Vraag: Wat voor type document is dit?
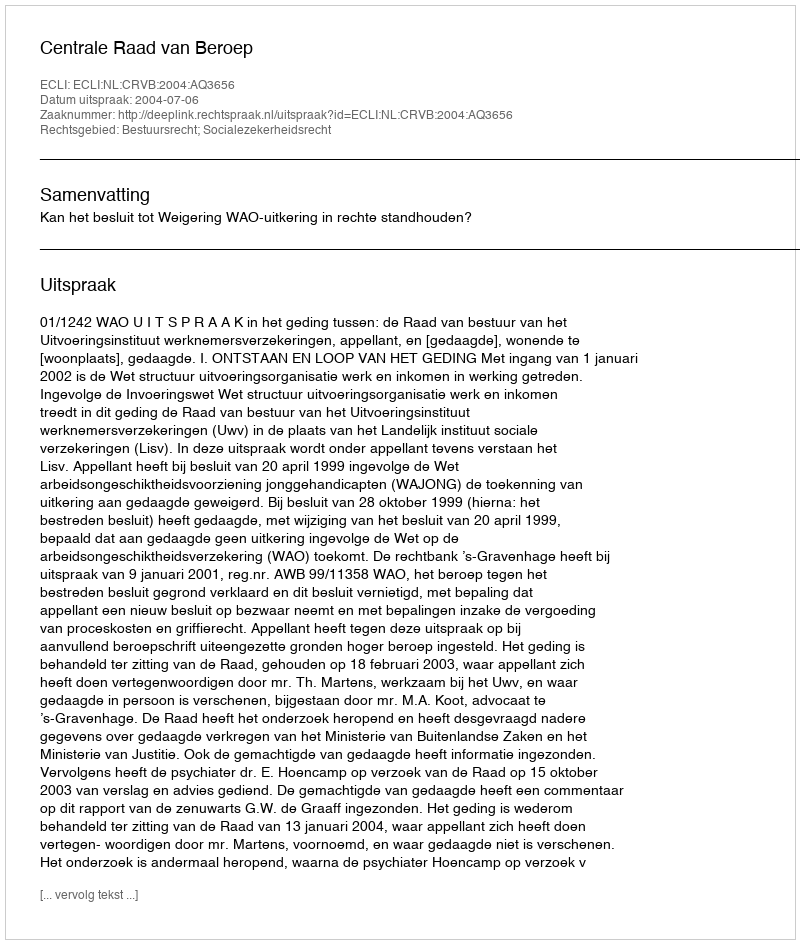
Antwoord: Uitspraak